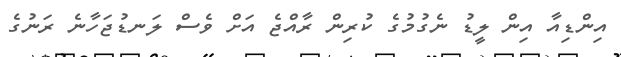
އިންޑިއާ އިން ލީޑު ނެގުމުގެ ކުރިން ރާއްޖެ އަށް ވެސް ލަނޑުޖަހާނެ ރަނުގެ